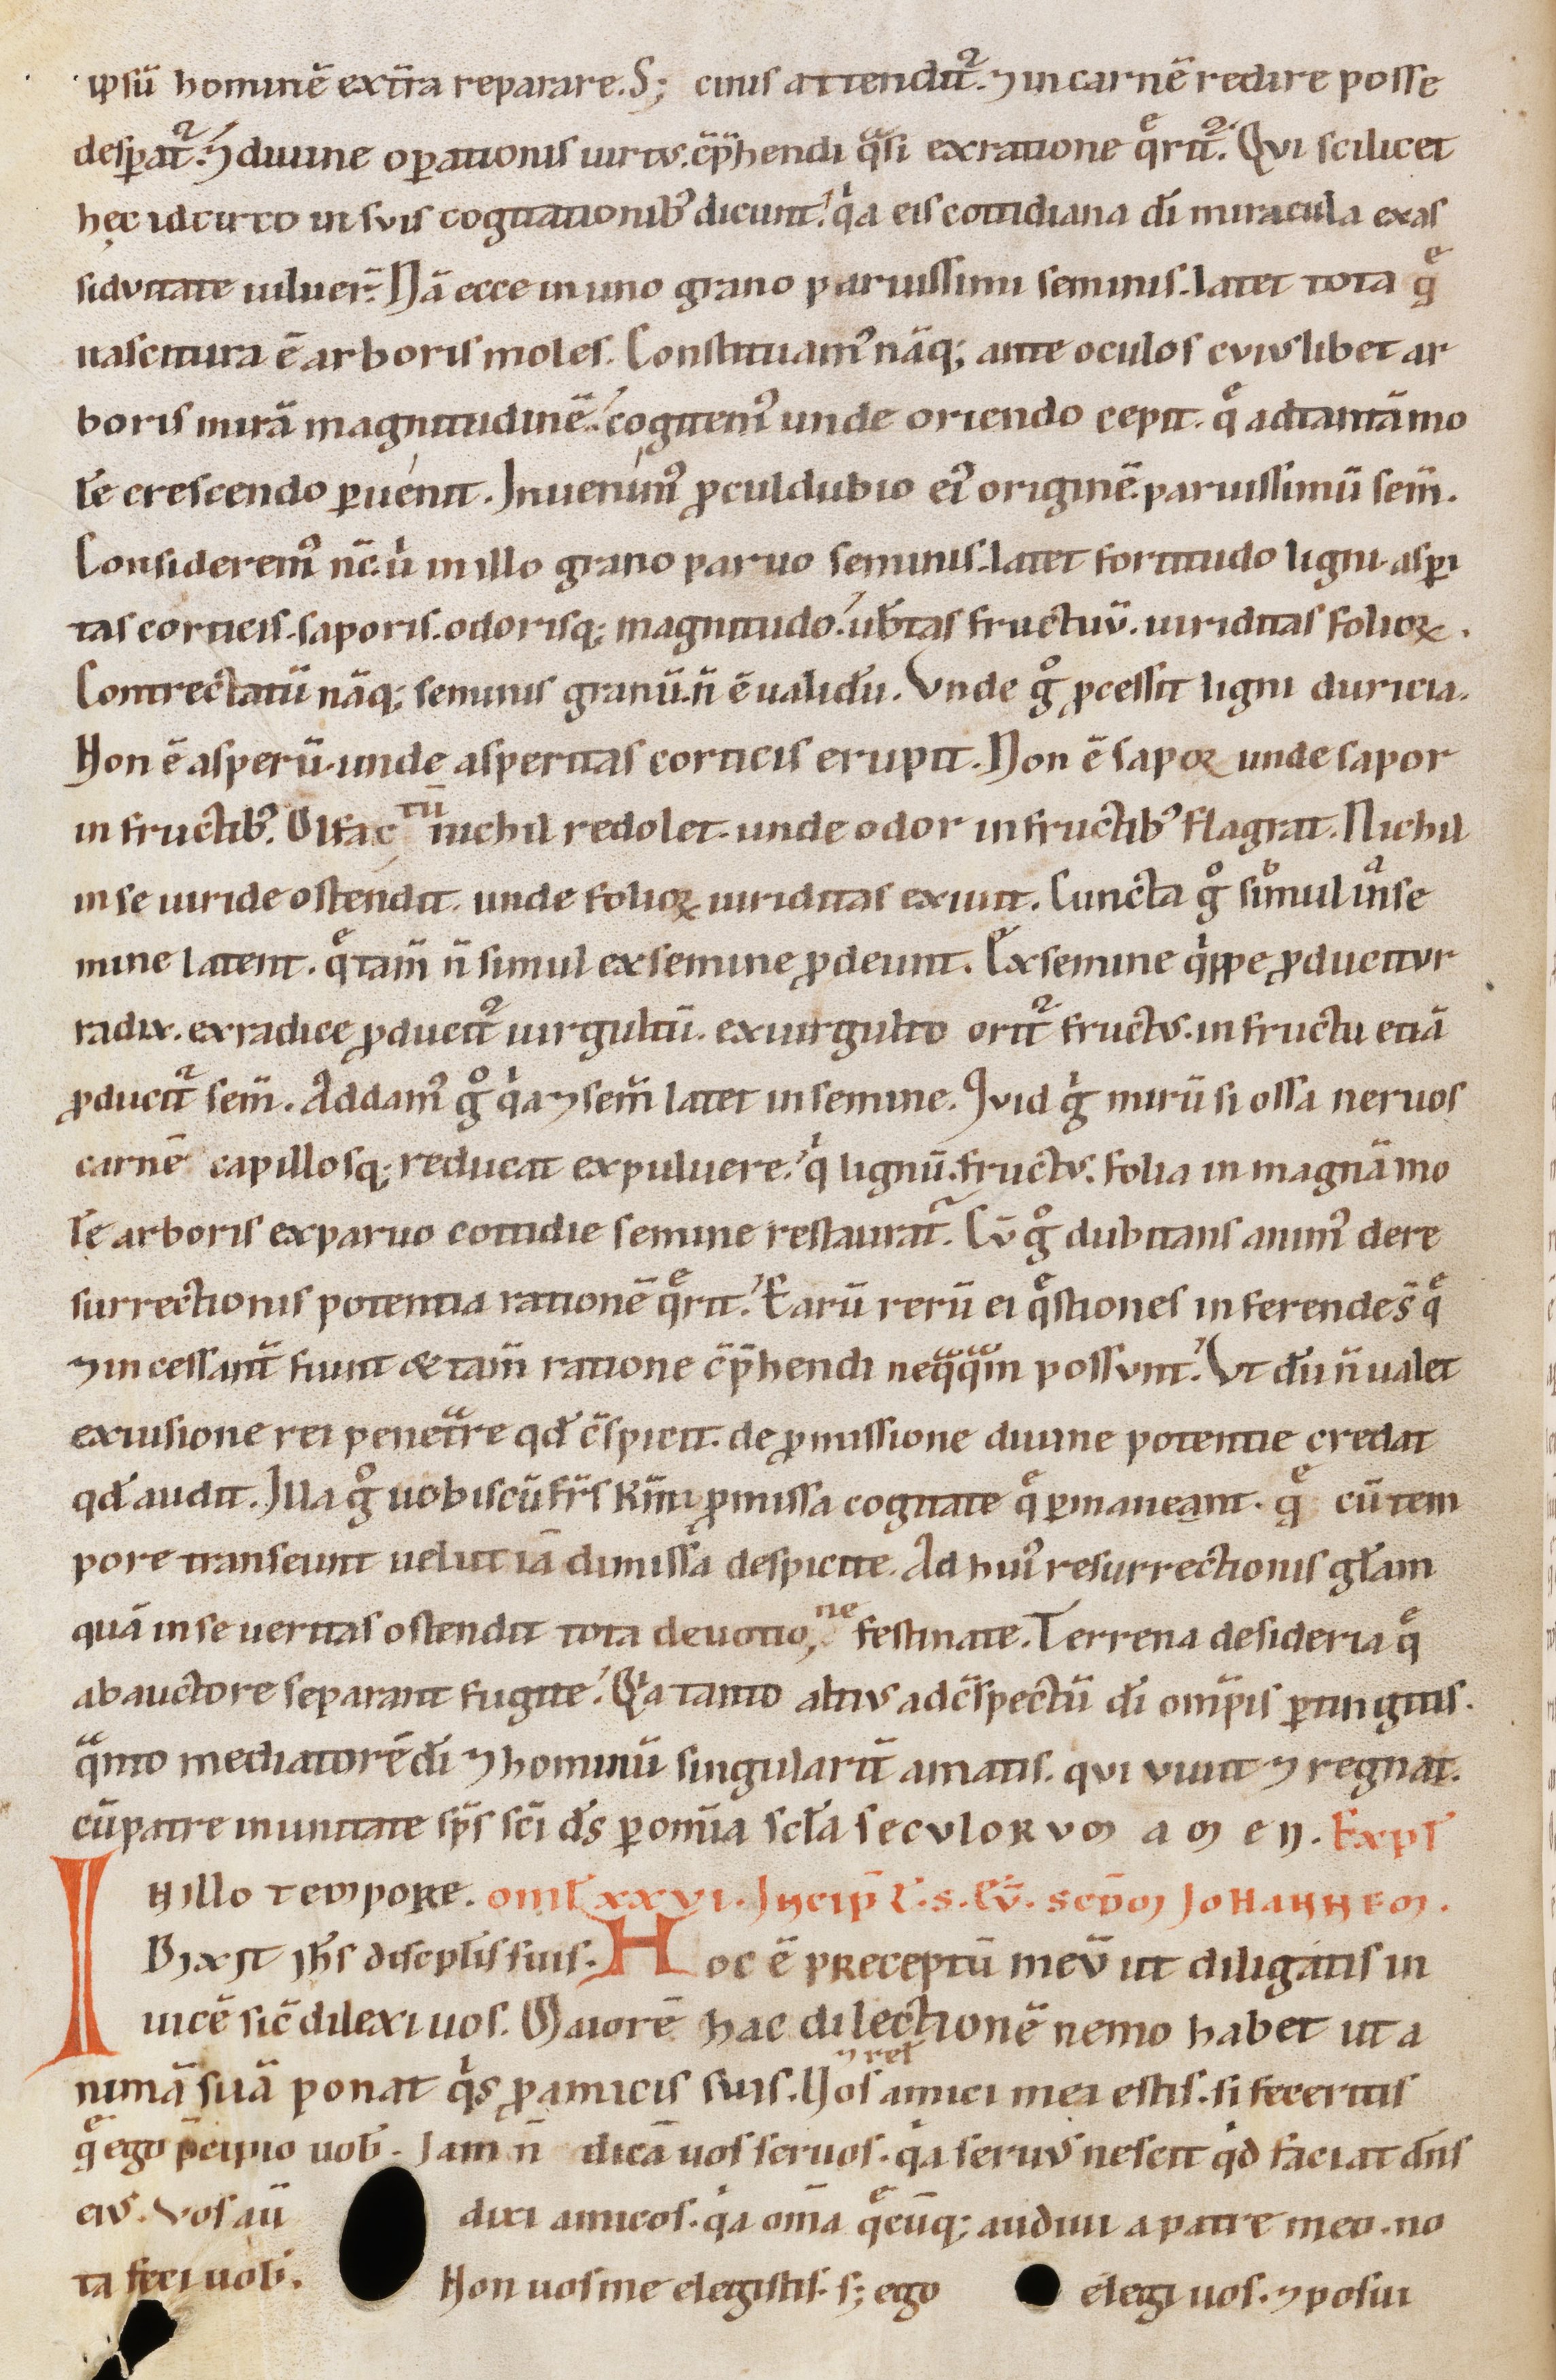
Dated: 1147–1178